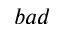
b a d